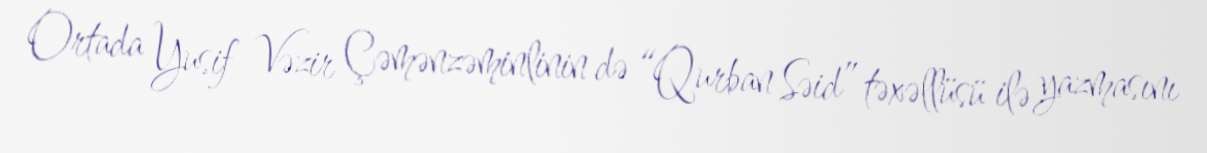
Ortada Yusif Vəzir Çəmənzəminlinin də “Qurban Səid” təxəllüsü ilə yazmasını